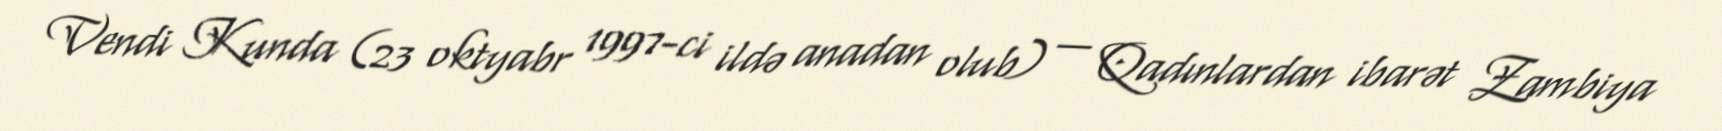
Vendi Kunda (23 oktyabr 1997-ci ildə anadan olub) — Qadınlardan ibarət Zambiya